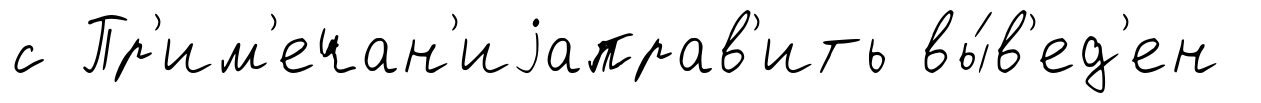
с Пр'им'ечан'иjаправ'ить вы́в'ед'ен